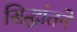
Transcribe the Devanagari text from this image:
सिद्धांतने